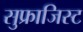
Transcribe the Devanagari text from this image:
सुफ्राजिस्ट